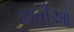
છાતીઓ